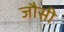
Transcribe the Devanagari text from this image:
जौसी